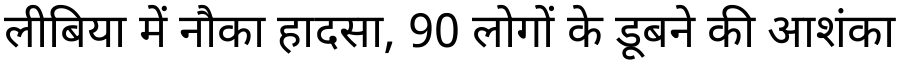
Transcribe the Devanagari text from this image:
लीबिया में नौका हादसा, 90 लोगों के डूबने की आशंका